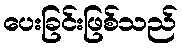
ပေးခြင်းဖြစ်သည်